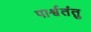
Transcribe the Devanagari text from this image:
पार्श्वतंतु